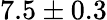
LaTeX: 7.5\pm 0.3